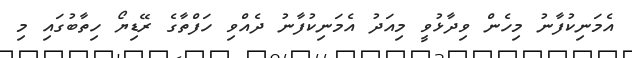
އެމަނިކުފާނު މިހެން ވިދާޅުވީ މިއަދު އެމަނިކުފާނު ދެއްވި ހަފްތާގެ ރޭޑިޔޯ ހިތާބުގައި މި